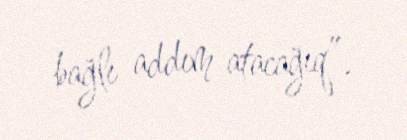
bağlı addım atacağıq”.